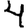
Digit: 4